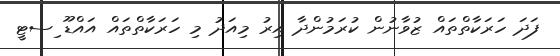
ފަދަ ހަރަކާތްތައް ޒުވާނުން ކުރަމުންދާ އިރު މިއަދު މި ހަރަކާތްތައް އައްޑޫ ިސޓީ